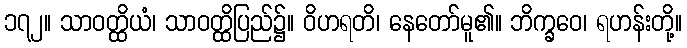
၁၇၂။ သာဝတ္ထိယံ၊ သာဝတ္ထိပြည်၌။ ဝိဟရတိ၊ နေတော်မူ၏။ ဘိက္ခဝေ၊ ရဟန်းတို့။